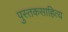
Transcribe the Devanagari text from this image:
पुस्तकसाहित्य